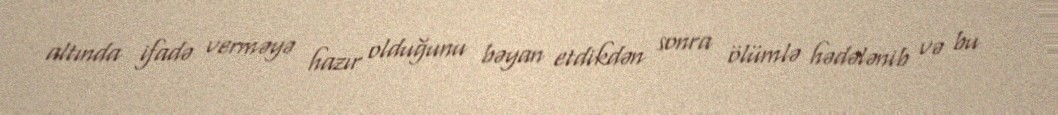
altında ifadə verməyə hazır olduğunu bəyan etdikdən sonra ölümlə hədələnib və bu